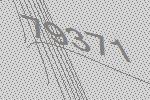
79371